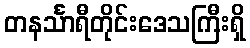
တနင်္သာရီတိုင်းဒေသကြီးရှိ